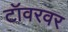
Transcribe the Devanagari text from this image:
टॉवरवर